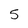
Character: 5